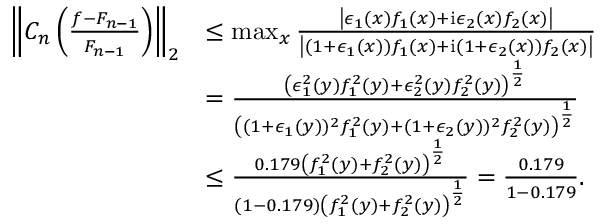
\begin{array} { r l } { \left\Vert C _ { n } \left( \frac { f - F _ { n - 1 } } { F _ { n - 1 } } \right) \right\Vert _ { 2 } } & { \leq \operatorname* { m a x } _ { x } { \frac { \left\vert \epsilon _ { 1 } ( x ) f _ { 1 } ( x ) + \mathrm { i } \epsilon _ { 2 } ( x ) f _ { 2 } ( x ) \right\vert } { \left\vert ( 1 + \epsilon _ { 1 } ( x ) ) f _ { 1 } ( x ) + \mathrm { i } ( 1 + \epsilon _ { 2 } ( x ) ) f _ { 2 } ( x ) \right\vert } } } \\ & { = \frac { \left( \epsilon _ { 1 } ^ { 2 } ( y ) f _ { 1 } ^ { 2 } ( y ) + \epsilon _ { 2 } ^ { 2 } ( y ) f _ { 2 } ^ { 2 } ( y ) \right) ^ { \frac { 1 } { 2 } } } { \left( ( 1 + \epsilon _ { 1 } ( y ) ) ^ { 2 } f _ { 1 } ^ { 2 } ( y ) + ( 1 + \epsilon _ { 2 } ( y ) ) ^ { 2 } f _ { 2 } ^ { 2 } ( y ) \right) ^ { \frac { 1 } { 2 } } } } \\ & { \leq \frac { 0 . 1 7 9 \left( f _ { 1 } ^ { 2 } ( y ) + f _ { 2 } ^ { 2 } ( y ) \right) ^ { \frac { 1 } { 2 } } } { ( 1 - 0 . 1 7 9 ) \left( f _ { 1 } ^ { 2 } ( y ) + f _ { 2 } ^ { 2 } ( y ) \right) ^ { \frac { 1 } { 2 } } } = \frac { 0 . 1 7 9 } { 1 - 0 . 1 7 9 } . } \end{array}